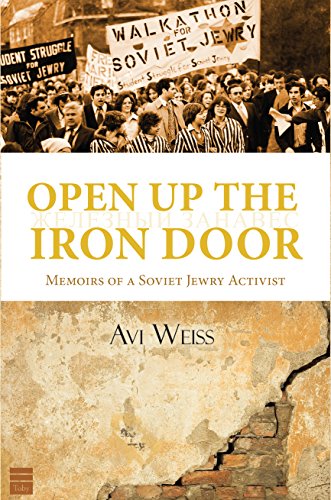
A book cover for Open up the Iron Door: Memoirs of a Soviet Jewry Activist; Avraham Weiss; Religion & Spirituality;